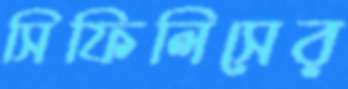
সিফিলিসের